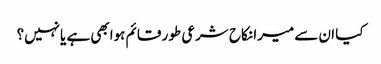
کیا ان سے میرا نکاح شرعی طور قائم ہوابھی ہے یانہیں؟